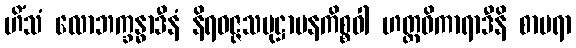
ဟိံသံ လောဘက္ခန္ဓာဒီနံ နိရဝဇ္ဇသမုဋ္ဌာပနကိစ္စဝါ ဟတ္ထဝိကာရာဒီနိ စာမရာ